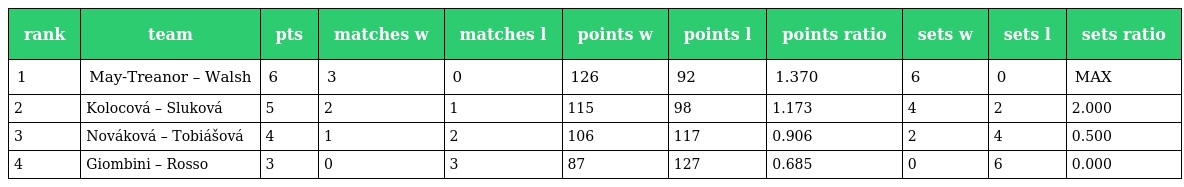
| rank | team | pts | matches w | matches l | points w | points l | points ratio | sets w | sets l | sets ratio |
 | --- | --- | --- | --- | --- | --- | --- | --- | --- | --- | --- |
 | 1 | May-Treanor – Walsh | 6 | 3 | 0 | 126 | 92 | 1.370 | 6 | 0 | MAX |
 | 2 | Kolocová – Sluková | 5 | 2 | 1 | 115 | 98 | 1.173 | 4 | 2 | 2.000 |
 | 3 | Nováková – Tobiášová | 4 | 1 | 2 | 106 | 117 | 0.906 | 2 | 4 | 0.500 |
 | 4 | Giombini – Rosso | 3 | 0 | 3 | 87 | 127 | 0.685 | 0 | 6 | 0.000 |